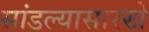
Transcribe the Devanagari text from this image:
सांडल्यासारखे